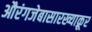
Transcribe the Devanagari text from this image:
औरंगजेबासारख्याक्रूर